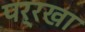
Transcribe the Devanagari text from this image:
पर्रखा